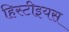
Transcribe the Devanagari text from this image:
हिस्टीइयस